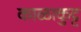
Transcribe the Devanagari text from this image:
काळाकुट्ट